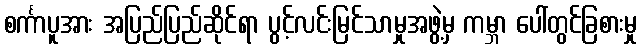
စင်္ကာပူအား အပြည်ပြည်ဆိုင်ရာ ပွင့်လင်းမြင်သာမှုအဖွဲ့မှ ကမ္ဘာ ပေါ်တွင်ခြစားမှု